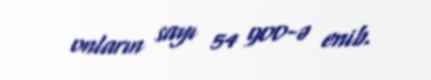
onların sayı 54 900-ə enib.